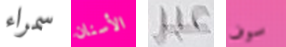
سمراء الأسنان عبر سوف